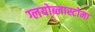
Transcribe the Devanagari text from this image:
ग्लयोब्लास्टोमा